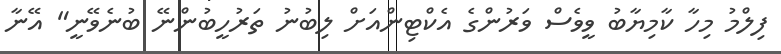
ފިލްމު މިހާ ކާމިޔާބު ވީވެސް ވަރުންގެ އެކްޓިންއަށް ލިބުނު ތަރުހީބުންނޭ ބުނެވޭނީ" އޭނާ